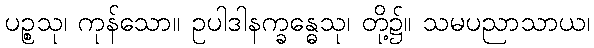
ပဉ္စသု၊ ကုန်သော။ ဥပါဒါနက္ခန္ဓေသု၊ တို့၌။ သမပညာသာယ၊